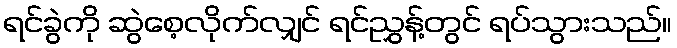
ရင်ခွဲကို ဆွဲစေ့လိုက်လျှင် ရင်ညွှန့်တွင် ရပ်သွားသည်။